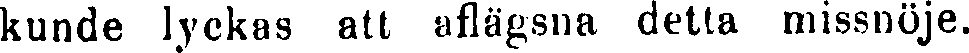
kunde lyckas att aflägsna detta missnöje.